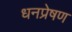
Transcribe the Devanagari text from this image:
धनप्रेषण